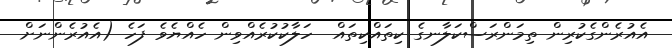
އެއުރެންގެކުރިން ތިމަންރަސްކަލާނގެ ކިތައްކިތައް  ހަލާކުކުރެއްވިން ހެއްޔެވެ ފަހެ (އެއުރެންނަށް